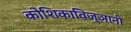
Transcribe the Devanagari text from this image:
कोशिकाविज्ञानी